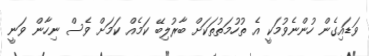
ވަޑައިގެން ހުންނެވުމަކީ އެ ތުހުމަތުތަކަށް ބާރުލިބޭ ކަމެއް ކަމަށް ވެސް ނިހާން ވަނީ